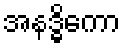
အနဒ္ဓိကော